Punjab Mental Hospital Lahore 1932-46 - 1932-1946
Year: 1932
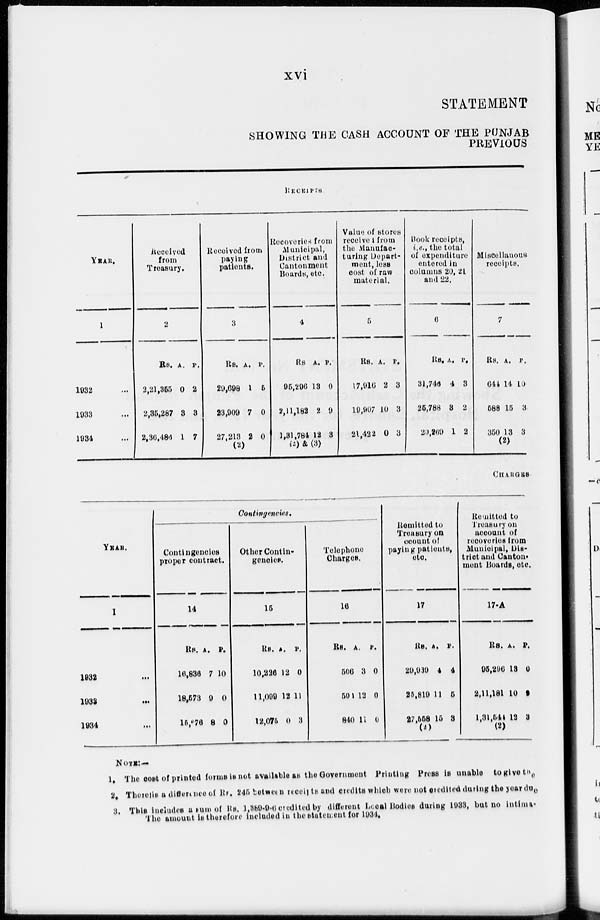
xvi
STATEMENT
SHOWING THE CASH ACCOUNT OF THE PUNJAB
PREVIOUS
RECEIPTS
YEAR.
1
1932 ...
1933 ...
1934 ...
Received
from
Treasury.
2
Rs.
2,21,355
2,35,287
2,36,486
A.
0
3
1
P.
2
3
7
Received from
paying
patients.
3
Rs.
29,698
23,909
27,213
(2)
A.
1
7
2
P.
5
0
0
Recoveries from
Municipal
District and
Cantonment
Boards, etc.
4
Rs.
95,296
2,11,182
1,31,784
(2) &
A.
13
2
12
(3)
P.
0
0
3
Value of stores
received from
the Manufac¬
turing Depart¬
ment, less
cost of raw
material.
5
Rs.
17,916
19,907
21,422
A.
2
10
0
P.
3
3
3
Book receipts
i.e., the total
of expenditure
entered in
columns 20, 21
and
22.
6
Rs.
31,748
26,788
20,269
A.
4
3
1
P.
3
2
2
Miscellanous
receipts.
7
Rs.
644
688
350
A.
14
15
13
(2)
P.
10
3
3
CHARGES
YEAR.
1
1932 ...
1933 ...
1934 ...
Contingencies.
Contingencies
proper contract.
14
Rs.
16,836
18,573
15,676
A.
7
9
8
P.
10
0
0
Other Contin¬
gencies.
15
Rs.
10,226
11,099
12,075
A.
12
12
0
P.
0
11
3
Telephone
Charges.
16
Rs.
500
501
840
A.
3
12
11
P.
0
0
0
Remitteed to
Treasury on
account of
paying patients,
etc.
17
Rs.
20,930
25,810
27,558
(2)
A.
4
11
15
P.
4
5
3
Remitted to
Treasury on
account of
recoveries from
Municipal, Dis¬
trict and Canton¬
ment Boards, etc.
17-A
Rs.
95,296
2,11,181
1,31,544
(2)
A.
13
10
12
P.
0
9
3
NOTE:—
1. The cost of printed forms is not available as the Government Printing Press is unable to give the
2. There is a difference of Rs. 245 between receipts and credits which were not credited during the year due
3. This includes a sum of Rs. 1,389-9-6 credited by different Local Bodies during 1983, but no intimate
The amount 1st therefore included in the statement for 1934.